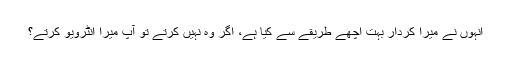
انہوں نے میرا کردار بہت اچھے طریقے سے کیا ہے، اگر وہ نہیں کرتے تو آپ میرا انٹرویو کرتے؟